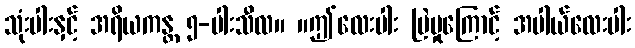
သုံးပါးနှင့် အရိယကန္တ ၅-ပါးသီလ။ ။ဤလေးပါး မြဲမှုကြောင့် အပါယ်လေးပါး